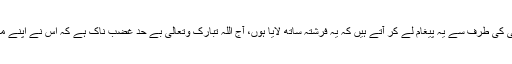
اس وقت حضرت جبرئیل امین ؑ تشریف لاتے ہیں، اور اللہ تعالیٰ کی طرف سے یہ پیغام لے کر آتے ہیں کہ یہ فرشتہ ساتھ لایا ہوں، آج اللہ تبارک وتعالیٰ بے حد غضب ناک ہے کہ اس نے اپنے محبوب ترین بندے کو دیکھا ہے کہ کس طرح وہ ستایا گیا ہے۔